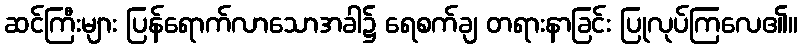
ဆင်ကြီးများ ပြန်ရောက်လာသောအခါ၌ ရေစက်ချ တရားနာခြင်း ပြုလုပ်ကြလေ၏။